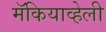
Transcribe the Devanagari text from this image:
मॅकियाव्हेली